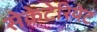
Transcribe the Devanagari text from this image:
सेक्रेटेरियेट